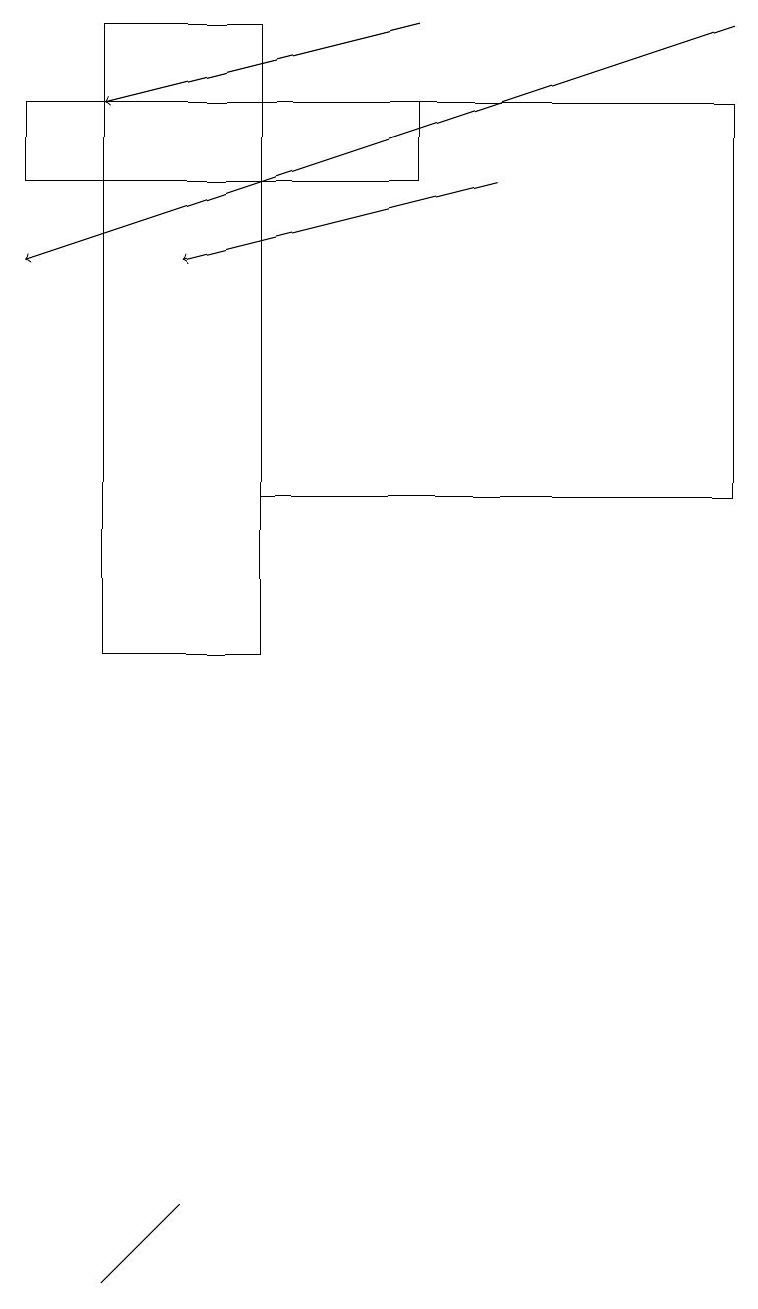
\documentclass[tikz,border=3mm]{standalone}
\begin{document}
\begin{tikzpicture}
\draw[->] (9,19) -- (0,16);
\draw (3,18) rectangle (9,13);
\draw (1,3) -- (2,4) -- (1,3) -- cycle;
\draw (5,17) rectangle (0,18);
\draw[->] (5,19) -- (1,18);
\draw (3,11) rectangle (1,19);
\draw[->] (6,17) -- (2,16);
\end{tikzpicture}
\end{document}